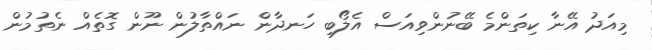
މިއަދު އޭނާ ކިތަންމެ ބޭނުންވިއަސް އެލޯބި ހަނދާން ނައްތާލުން ނޫން ގޮތެއް ނެތުމުން